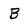
Character: B